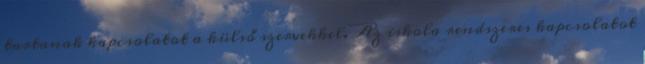
tartanak kapcsolatot a külső szervekkel. Az iskola rendszeres kapcsolatot